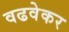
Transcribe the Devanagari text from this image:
वढवेकर